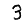
Digit: 3